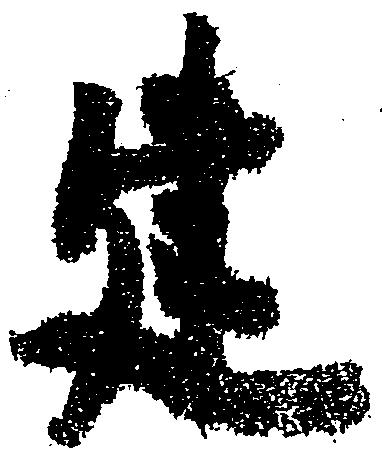
建